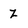
Character: Z